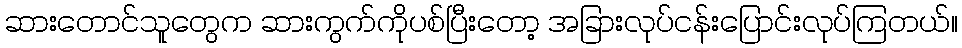
ဆားတောင်သူတွေက ဆားကွက်ကိုပစ်ပြီးတော့ အခြားလုပ်ငန်းပြောင်းလုပ်ကြတယ်။